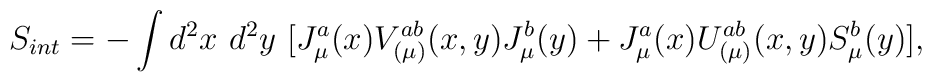
S_{int} = - \int d^2x~d^2y~ [J^a_{\mu}(x) V^{ab}_{(\mu)}(x,y)J^b_{\mu}(y) + J^a_{\mu}(x) U^{ab}_{(\mu)}(x,y) S^b_{\mu}(y)],